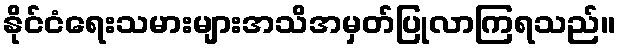
နိုင်ငံရေးသမားများအသိအမှတ်ပြုလာကြရသည်။